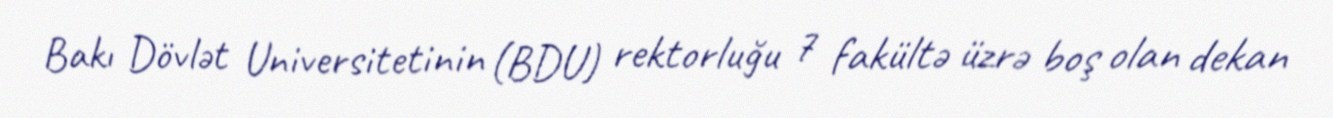
Bakı Dövlət Universitetinin (BDU) rektorluğu 7 fakültə üzrə boş olan dekan